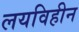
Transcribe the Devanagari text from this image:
लयविहीन